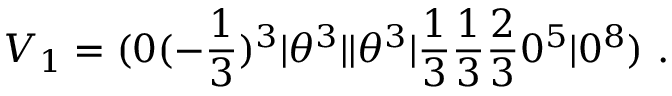
V _ { 1 } = ( 0 ( - { \frac { 1 } { 3 } } ) ^ { 3 } \vert \theta ^ { 3 } \vert \vert \theta ^ { 3 } \vert { \frac { 1 } { 3 } } { \frac { 1 } { 3 } } { \frac { 2 } { 3 } } 0 ^ { 5 } \vert 0 ^ { 8 } ) ~ .